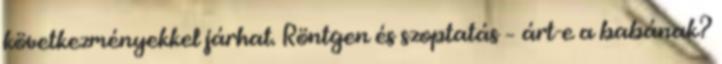
következményekkel járhat. Röntgen és szoptatás – árt-e a babának?